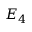
E _ { 4 }